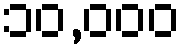
၁၀,၀၀၀